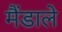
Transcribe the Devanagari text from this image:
मैंडाले